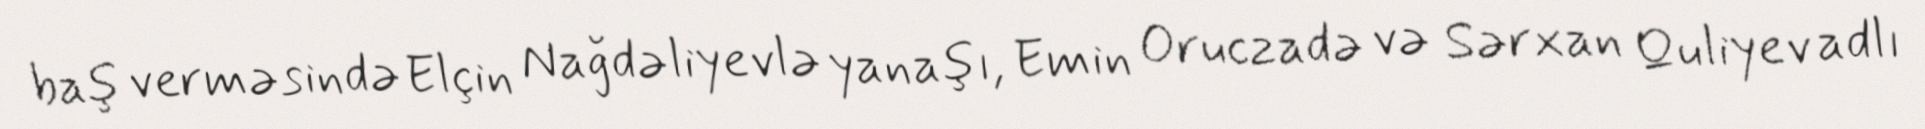
baş verməsində Elçin Nağdəliyevlə yanaşı, Emin Oruczadə və Sərxan Quliyev adlı